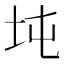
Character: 坉